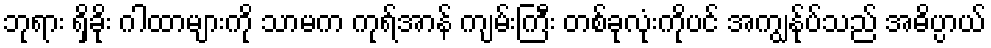
ဘုရား ရှိခိုး ဂါထာများကို သာမက ကုရ်အာန် ကျမ်းကြီး တစ်ခုလုံးကိုပင် အကျွန်ုပ်သည် အဓိပ္ပာယ်